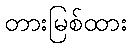
တားမြစ်ထား